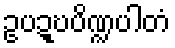
ဥပဍ္ဎပိဏ္ဍပါတံ